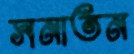
সনাতন